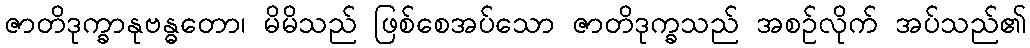
ဇာတိဒုက္ခာနုဗန္ဓတော၊ မိမိသည် ဖြစ်စေအပ်သော ဇာတိဒုက္ခသည် အစဉ်လိုက် အပ်သည်၏